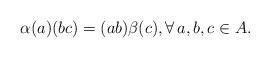
LaTeX: \begin{gather*}\alpha (a)(bc)=(ab)\beta (c),\forall \, a,b,c\in A.\end{gather*}